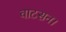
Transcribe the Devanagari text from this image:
वाटसन।